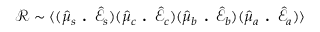
\mathcal { R } \sim \langle ( \hat { \mu } _ { s } \textbf { . } \hat { \mathcal { E } } _ { s } ) ( \hat { \mu } _ { c } \textbf { . } \hat { \mathcal { E } } _ { c } ) ( \hat { \mu } _ { b } \textbf { . } \hat { \mathcal { E } } _ { b } ) ( \hat { \mu } _ { a } \textbf { . } \hat { \mathcal { E } } _ { a } ) \rangle